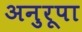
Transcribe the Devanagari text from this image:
अनुरूपा